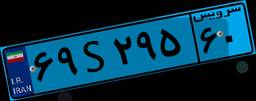
۴۰S۶۵۳۱۴